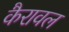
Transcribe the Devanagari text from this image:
कैरावल